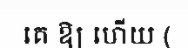
គេ ឱ្យ ហើយ (